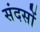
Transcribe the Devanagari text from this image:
संदसों